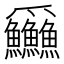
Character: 𪺚